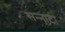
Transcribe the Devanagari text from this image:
सन्‍नाटा